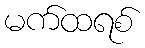
မက်ထရစ်